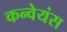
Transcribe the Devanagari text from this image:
कन्वेयंस